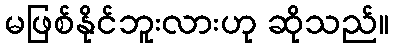
မဖြစ်နိုင်ဘူးလားဟု ဆိုသည်။